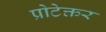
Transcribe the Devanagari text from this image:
प्रोटेक्तर